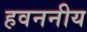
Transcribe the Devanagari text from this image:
हवननीय